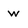
Character: w